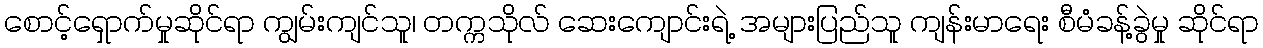
စောင့်ရှောက်မှုဆိုင်ရာ ကျွမ်းကျင်သူ၊ တက္ကသိုလ် ဆေးကျောင်းရဲ့ အများပြည်သူ ကျန်းမာရေး စီမံခန့်ခွဲမှု ဆိုင်ရာ